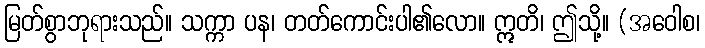
မြတ်စွာဘုရားသည်။ သက္ကာ ပန၊ တတ်ကောင်းပါ၏လော။ ဣတိ၊ ဤသို့။ (အဝေါစ၊